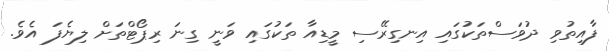
ފާއިތުވި ދުވަސްތަކުގައި އިނގިރޭސި މީޑިއާ ތަކުގައި ވަނީ ގިނަ ރިޕޯޓްތަށް ލިޔެފަ އެވެ.